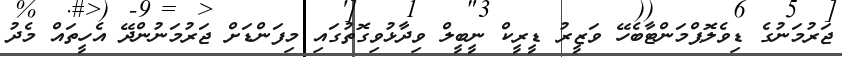
ޖަރުމަނުގެ ޑިވެލޮޕްމަންޓާބެހޭ ވަޒީރު ޑީރީކް ނީބީލް ވިދާޅުވިިގޮތުގައި މިފަންޑަށް ޖަރުމަނުންދޭ އެހީތައް މެދު